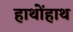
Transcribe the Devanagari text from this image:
हाथोंहाथ